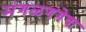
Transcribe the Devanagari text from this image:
मंगळगंगेचा